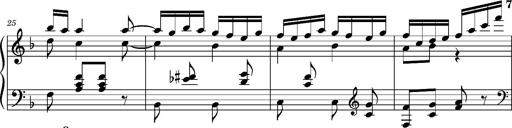
Title: Ungarischer Romanzero
Composer: Franz Liszt